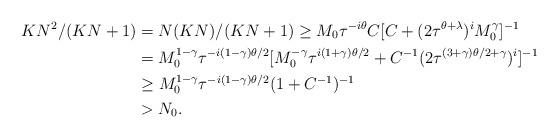
LaTeX: \begin{align*}KN^2/(KN+1)&=N(KN)/(KN+1)\geq M_0\tau^{-i\theta}C[C+(2\tau^{\theta+\lambda})^iM_0^{\gamma}]^{-1}\\&=M_0^{1-\gamma}\tau^{-i(1-\gamma)\theta/2}[M_0^{-\gamma}\tau^{i(1+\gamma)\theta/2}+C^{-1}(2\tau^{(3+\gamma)\theta/2+\gamma})^i]^{-1}\\&\geq M_0^{1-\gamma}\tau^{-i(1-\gamma)\theta/2}(1+C^{-1})^{-1}\\&>N_0.\end{align*}